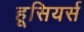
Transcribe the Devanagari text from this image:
हूसियर्स